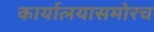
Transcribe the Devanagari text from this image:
कार्यालयासमोरच